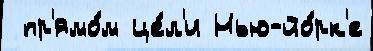
 пр'ямо́м це́л'и Нью-йо́рк'е